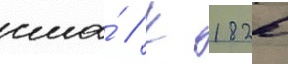
сша́ // К 1826